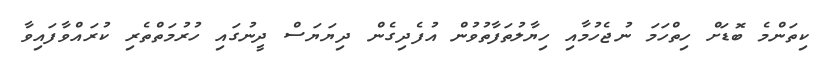
ކިތަންމެ ބޮޑަށް ހިތްހަމަ ނުޖެހުމާއި ހިޔާލުތަފާތުވުން އުފެދިގެން ދިޔަޔަސް ދީނުގައި ހުރުމަތްތެރި ކުރައްވާފައިވާ